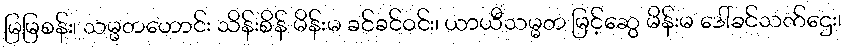
မြမြစန်း၊ သမ္မတဟောင်း သိန်းစိန် မိန်းမ ခင်ခင်ဝင်း၊ ယာယီသမ္မတ မြင့်ဆွေ မိန်းမ ဒေါ်ခင်သက်ဌေး၊